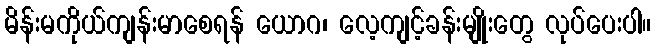
မိန်းမကိုယ်ကျန်းမာစေရန် ယောဂ၊ လေ့ကျင့်ခန်းမျိုးတွေ လုပ်ပေးပါ။